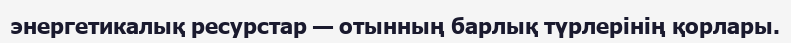
энергетикалық ресурстар — отынның барлық түрлерінің қорлары.